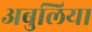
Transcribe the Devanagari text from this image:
अबुलिया